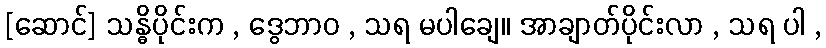
[ဆောင်] သန္ဓိပိုင်းက , ဒွေဘာဝ , သရ မပါချေ။ အာချာတ်ပိုင်းလာ , သရ ပါ ,